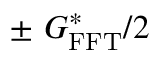
\pm ~ G _ { \mathrm { F F T } } ^ { * } / 2